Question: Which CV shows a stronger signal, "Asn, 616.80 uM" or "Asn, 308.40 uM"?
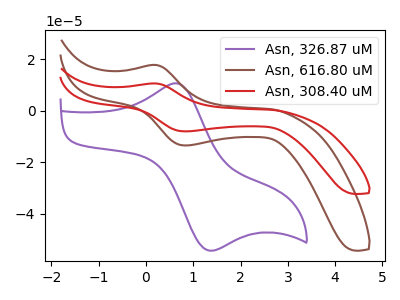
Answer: <think>The purple curve "Asn, 326.87 uM" has an anodic peak at (0.60V, 10.65uA) and a cathodic peak at (1.30V, -54.20uA). The brown curve "Asn, 616.80 uM" has an anodic peak at (0.20V, 17.75uA) and a cathodic peak at (0.85V, -13.55uA). The red curve "Asn, 308.40 uM" has an anodic peak at (0.20V, 10.55uA) and a cathodic peak at (0.85V, -8.05uA).
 All the peaks in "Asn, 616.80 uM" have a peak in "Asn, 308.40 uM" at the same potential. Every peak in "Asn, 616.80 uM" is higher than every peak in "Asn, 308.40 uM".</think>
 <answer>"Asn, 616.80 uM" has more signal than "Asn, 308.40 uM".</answer>
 <eval>more_signal</eval>